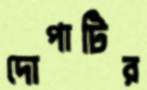
দোপাটির